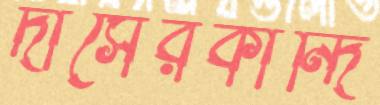
দাসেরকান্দি